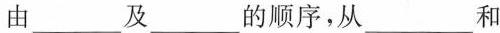
由___及___的顺序，从___和